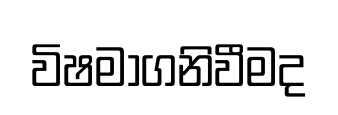
විෂමාගනිවීමද